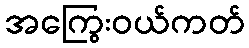
အကြွေးဝယ်ကတ်